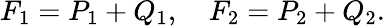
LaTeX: F_{1}=P_{1}+Q_{1},\quad F_{2}=P_{2}+Q_{2}.